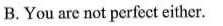
B.You are not perfect either.